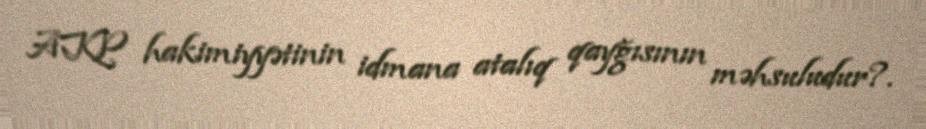
AKP hakimiyyətinin idmana atalıq qayğısının məhsuludur?.